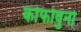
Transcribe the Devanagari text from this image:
कोफोवुनो